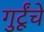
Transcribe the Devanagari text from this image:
गुर्टूंचे